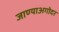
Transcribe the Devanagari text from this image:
जाण्याअगोदर